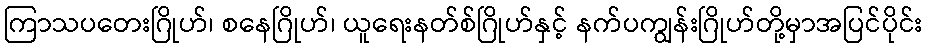
ကြာသပတေးဂြိုဟ်၊ စနေဂြိုဟ်၊ ယူရေးနတ်စ်ဂြိုဟ်နှင့် နက်ပကျွန်းဂြိုဟ်တို့မှာအပြင်ပိုင်း